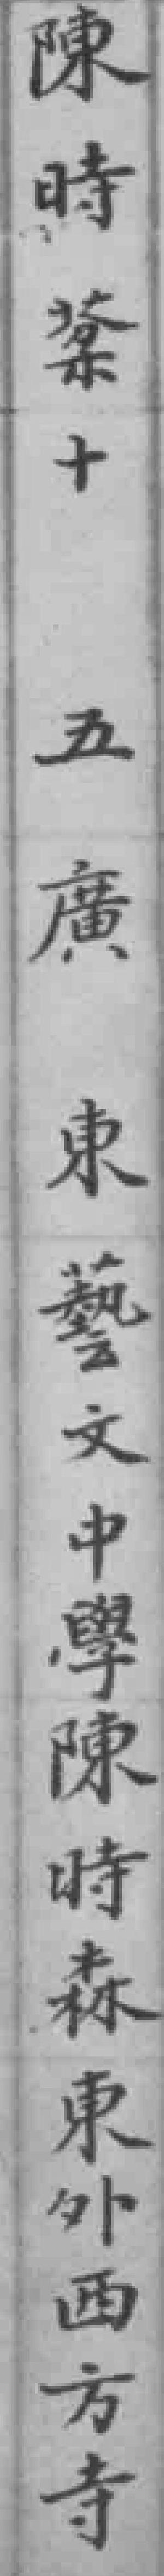
陳時棻十五廣東藝文中學陳時森東外西方寺